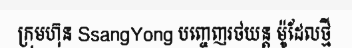
ក្រុមហ៊ុន SsangYong បញ្ចេញរថយន្ត ម៉ូដែលថ្មី